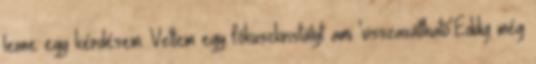
lenne egy kérdésem. Vettem egy fókuszkristályt ami 'visszaváltható'.Eddig még